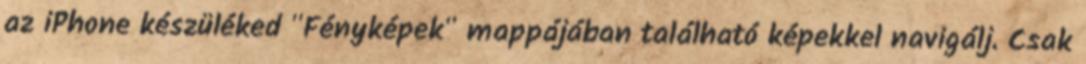
az iPhone készüléked "Fényképek" mappájában található képekkel navigálj. Csak